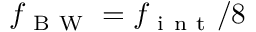
f _ { \mathrm { ~ B ~ W ~ } } = f _ { \mathrm { ~ i ~ n ~ t ~ } } / 8